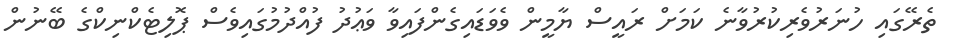
ތެރޭގައި ހުނަރުވެރިކުރުވާނެ ކަމަށް ރައީސް ޔާމީން ވެވަޑައިގެންފައިވާ ވަޢުދު ފުއްދުމުގައިވެސް ޕޮލިޓެކްނިކްގެ ބޭނުން